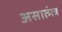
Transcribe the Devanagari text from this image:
असात्मंत्र